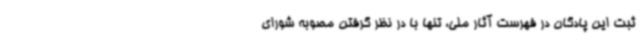
ثبت این پادگان در فهرست آثار ملی، تنها با در نظر گرفتن مصوبه شورای